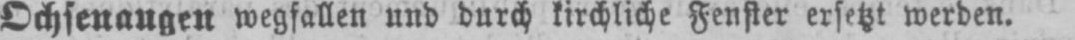
Ochsenaugen wegfallen und durch kirchliche Fenster ersetzt werden.